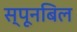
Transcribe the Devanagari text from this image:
स्पूनबिल